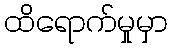
ထိရောက်မှုမှာ